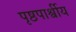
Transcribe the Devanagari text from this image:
पृष्ठपार्श्वीय